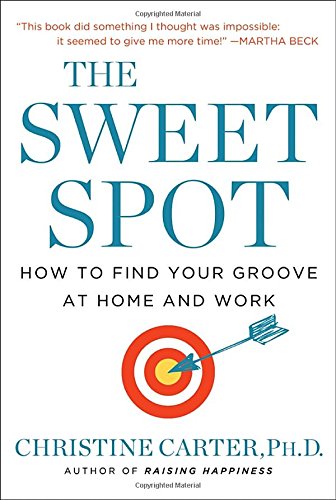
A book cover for The Sweet Spot: How to Find Your Groove at Home and Work; Christine Carter Ph.D.; Self-Help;